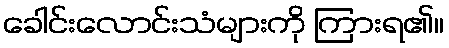
ခေါင်းလောင်းသံများကို ကြားရ၏။